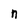
Character: n